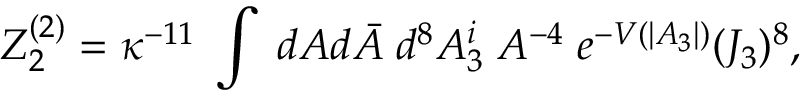
{ \cal Z } _ { 2 } ^ { ( 2 ) } = \kappa ^ { - 1 1 } \; \int \; d A d \bar { A } \; d ^ { 8 } A _ { 3 } ^ { i } \; A ^ { - 4 } \; e ^ { - V ( | A _ { 3 } | ) } ( J _ { 3 } ) ^ { 8 } ,